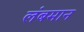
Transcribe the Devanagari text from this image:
लंबमान